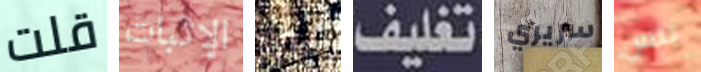
قلت الإثبات نيرو تغليف سريري بنس